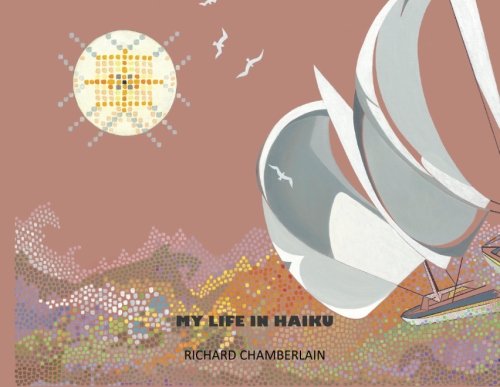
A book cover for My Life in Haiku; Richard Chamberlain; Literature & Fiction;